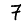
Digit: 7